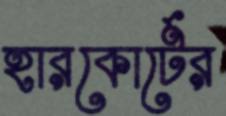
হারকোর্টের